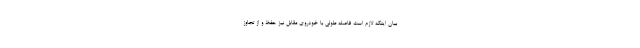
بیان اینکه لازم است فاصله طولی با خودروی مقابل نیز حفظ و از تجاوز